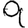
Digit: 9